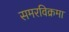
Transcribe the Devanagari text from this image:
समरविक्रमा